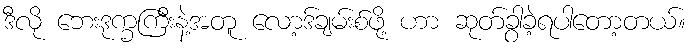
ဒီလို ဘေးဒုက္ခကြီးနဲ့အတူ လော့ဒ်ချမ်းစ်ဖို့ ဟာ ဆုတ်ခွာခဲ့ရပါတော့တယ်။